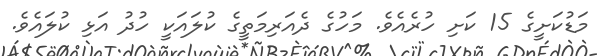
މަޑުކަށީގެ 15 ކަށި ހުރެއެވެ. މަހުގެ ދެއަރިމަތީގެ ކުލައަކީ ހުދު އަޅި ކުލައެވެ.